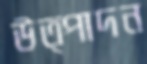
উত্পাদন